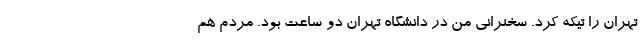
تهران را تیکه کرد. سخنرانی من در دانشگاه تهران دو ساعت بود. مردم هم